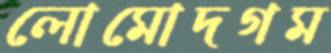
লোমোদগম